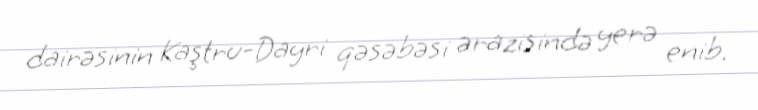
dairəsinin Kaştru-Dayri qəsəbəsi ərazisində yerə enib.